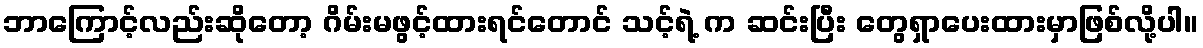
ဘာကြောင့်လည်းဆိုတော့ ဂိမ်းမဖွင့်ထားရင်တောင် သင့်ရဲ့ က ဆင်းပြီး တွေရှာပေးထားမှာဖြစ်လို့ပါ။